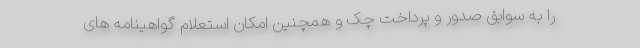
را به سوابق صدور و پرداخت چک و همچنین امکان استعلام گواهینامه های